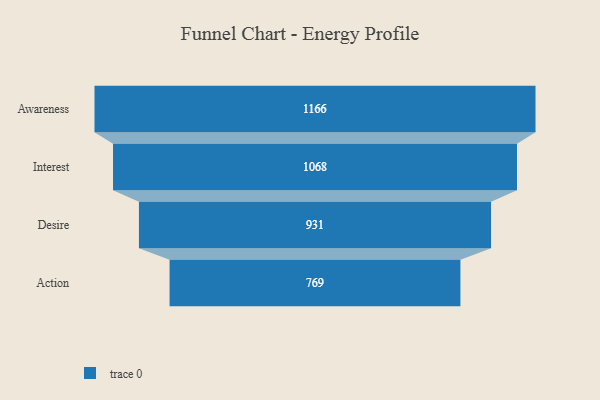
{"axis": {"x": "Stage", "y": "Value"}, "legend": [""], "data": [{"x": "Awareness", "y": 1166.0, "type": ""}, {"x": "Interest", "y": 1068.0, "type": ""}, {"x": "Desire", "y": 931.0, "type": ""}, {"x": "Action", "y": 769.0, "type": ""}]}